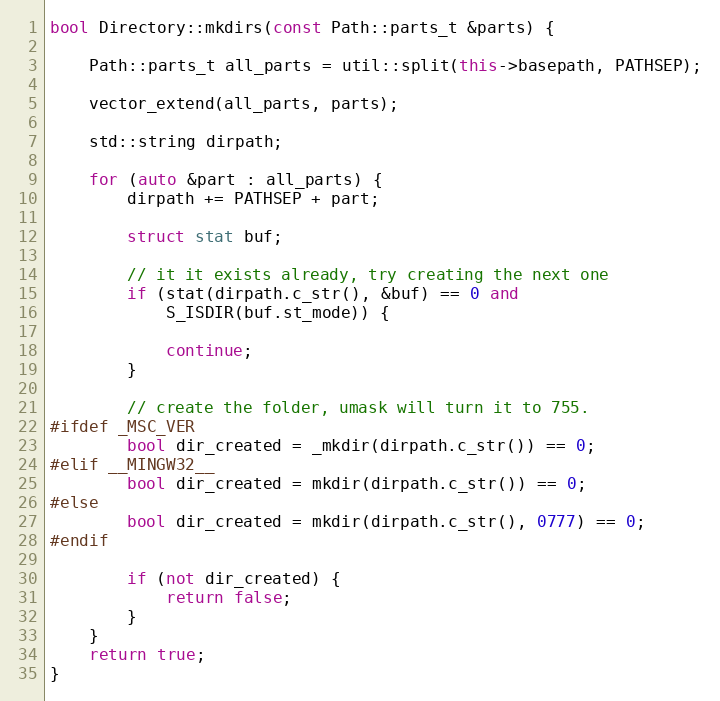
Language: C++
bool Directory::mkdirs(const Path::parts_t &parts) {

	Path::parts_t all_parts = util::split(this->basepath, PATHSEP);

	vector_extend(all_parts, parts);

	std::string dirpath;

	for (auto &part : all_parts) {
		dirpath += PATHSEP + part;

		struct stat buf;

		// it it exists already, try creating the next one
		if (stat(dirpath.c_str(), &buf) == 0 and
		    S_ISDIR(buf.st_mode)) {

			continue;
		}

		// create the folder, umask will turn it to 755.
#ifdef _MSC_VER
		bool dir_created = _mkdir(dirpath.c_str()) == 0;
#elif __MINGW32__
		bool dir_created = mkdir(dirpath.c_str()) == 0;
#else
		bool dir_created = mkdir(dirpath.c_str(), 0777) == 0;
#endif

		if (not dir_created) {
			return false;
		}
	}
	return true;
}